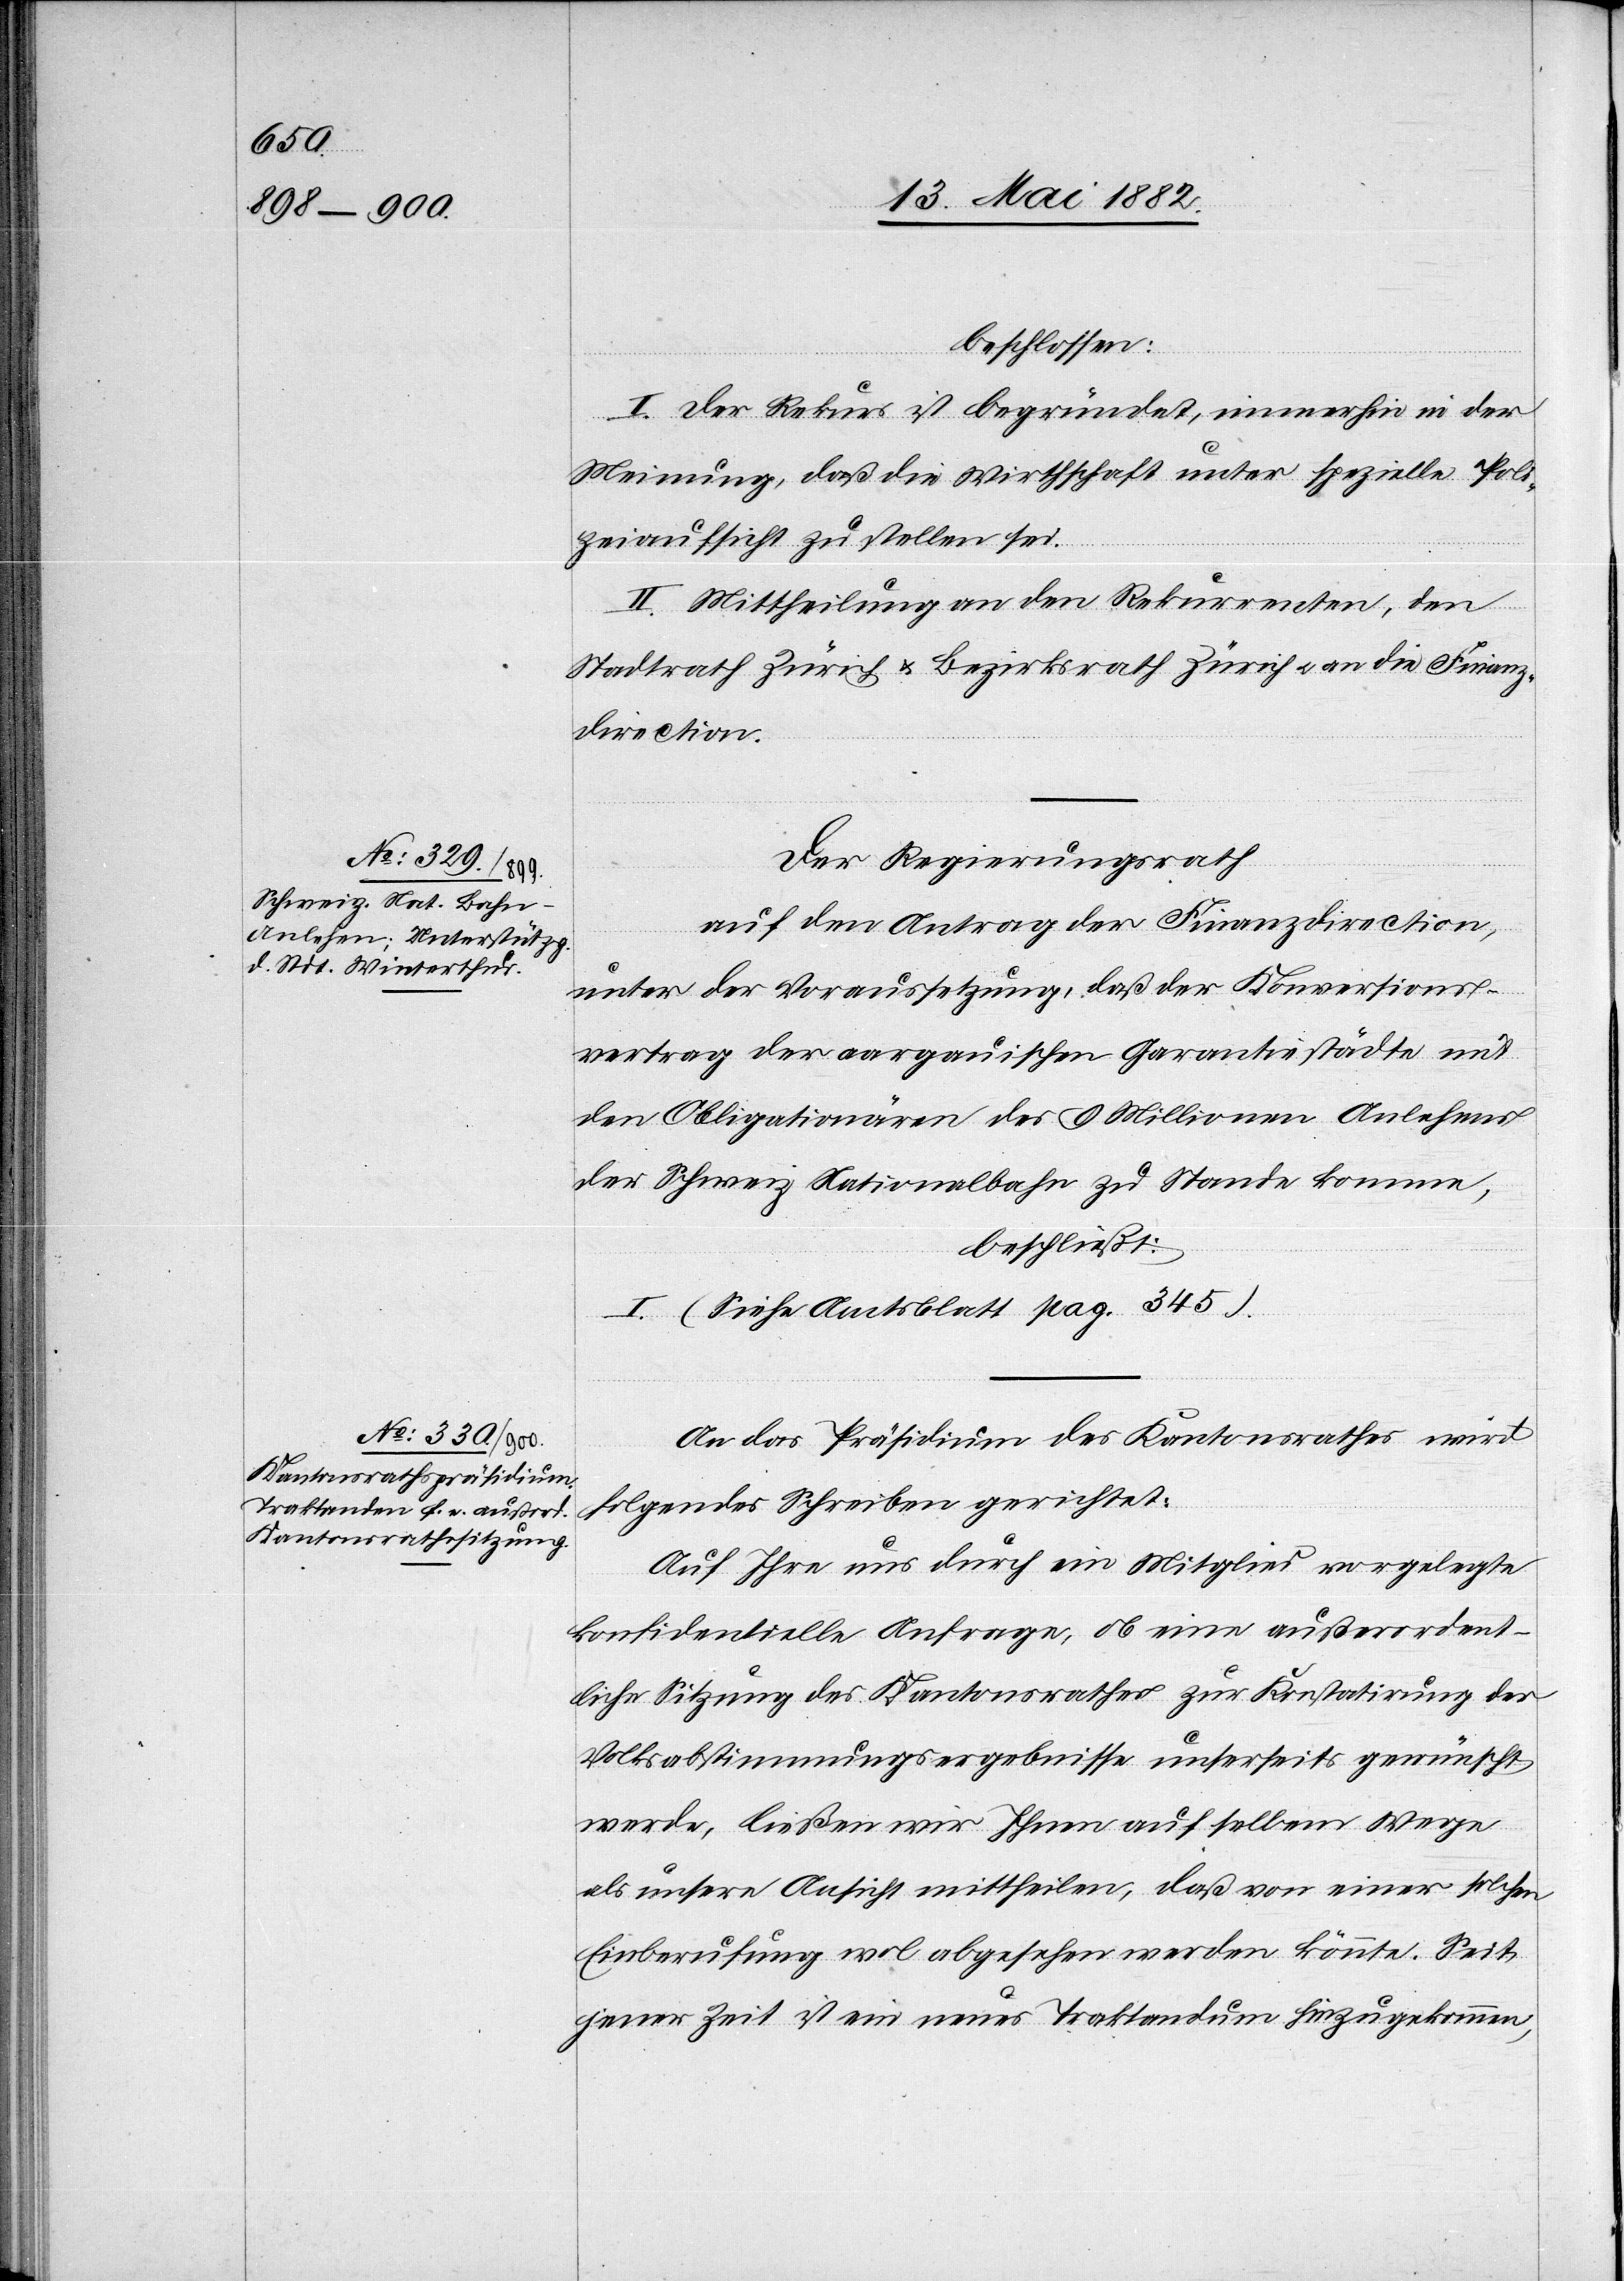
beschlossen:
I. Der Rekurs ist begründet, immerhin in der
Meinung, daß die Wirthschaft unter spezielle Poli¬
zeiaufsicht zu stellen sei.
II. Mittheilung an den Rekurrenten, den
Stadtrath Zürich & Bezirksrath Zürich u. an die Finanz¬
direction.
Der Regierungsrath
auf einen Antrag der Finanzdirection,
unter der Voraussetzung, daß der Konversions¬
vertrag der aargauischen Garantiestädte und
den Obligationären des 9 Millionen Anlehens
der Schweiz. Nationalbahn zusammenkomme
beschließt:
I. (Siehe Amtsblatt pag. 345).
An das Präsidium des Kantonsrathes wird
folgendes Schreiben gerichtet:
Auf Ihre uns durch ein Mitglied vorgelegte
konfidentielle Anfrage, ob eine außerordent¬
liche Sitzung des Kantonsrathes zur Konstatirung der
Volksabstimmungsergebnisse unserseits gewünscht
werde, ließen wir Ihnen auf selbem Wege
als unsere Ansicht mittheilen, daß von einer solchen
Einberufung wol abgesehen werden könnte. Seit
jener Zeit ist ein neues Traktandum hinzugekommen,